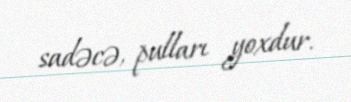
sadəcə, pulları yoxdur.